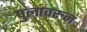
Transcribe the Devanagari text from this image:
पुलावरुन